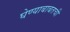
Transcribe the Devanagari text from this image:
घेण्याबाबतची